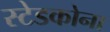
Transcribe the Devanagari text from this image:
स्टेडकोना